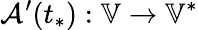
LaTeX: \mathcal{A}^{\prime}(t_{*}):\mathbb{V}\to\mathbb{V}^{*}